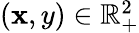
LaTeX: \textstyle(\mathbf{x},y)\in\mathbb{{R}}_{+}^{2}